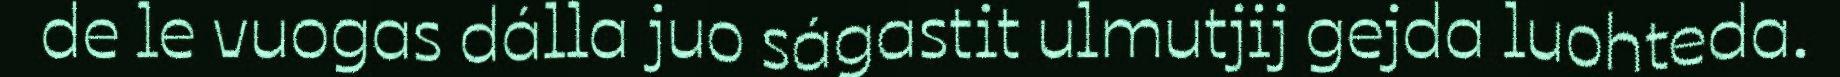
de le vuogas dálla juo ságastit ulmutjij gejda luohteda.